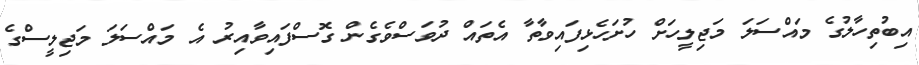
އިބުތިހާލުގެ މައްސަލަ މަޖިލީހަށް ހުށަހެޅިފައިވާތާ އެތައް ދުވަސްވެގެން ގޮސްފައިވާއިރު އެ މައްސަލަ މަަޖިލީސްގެ